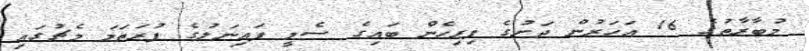
މުބާރާތުގެ 16 އަހަރުން ދަށުގެ ފިރިހެން ބައިގެ ސެމީ ފައިނަލުގެ ފުރަތަމަ މެޗުގައި